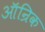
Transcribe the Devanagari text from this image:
ऑन्रिक